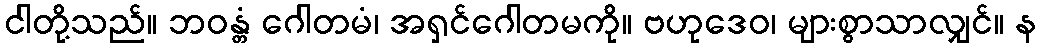
ငါတို့သည်။ ဘဝန္တံ ဂေါတမံ၊ အရှင်ဂေါတမကို။ ဗဟုဒေဝ၊ များစွာသာလျှင်။ န